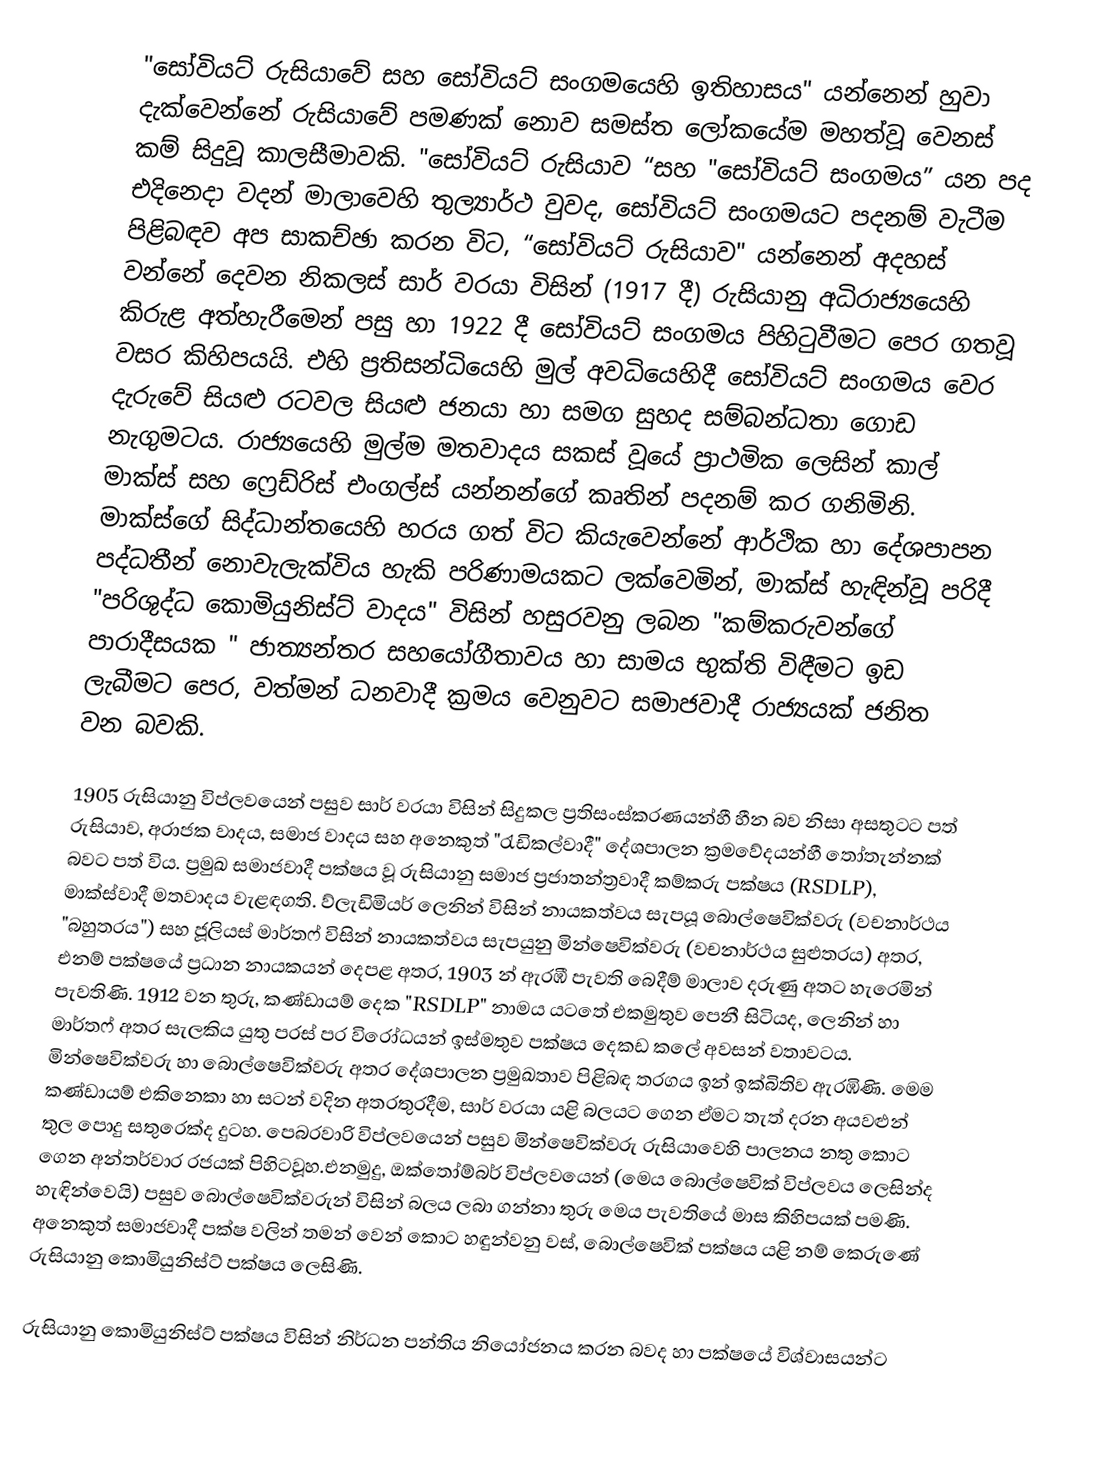
"සෝවියට් රුසියාවේ සහ සෝවියට් සංගමයෙහි ඉතිහාසය" යන්නෙන් හුවා දැක්වෙන්නේ රුසියාවේ පමණක් නොව සමස්ත ලෝකයේම මහත්වූ වෙනස් කම් සිදුවූ කාලසීමාවකි. "සෝවියට් රුසියාව “සහ "සෝවියට් සංගමය” යන පද එදිනෙදා වදන් මාලාවෙහි   තුල්‍යාර්ථ වුවද, සෝවියට් සංගමයට පදනම් වැටීම පිළිබඳව අප සාකච්ඡා කරන විට, “සෝවියට් රුසියාව" යන්නෙන් අදහස් වන්නේ දෙවන නිකලස් සාර් වරයා විසින් (1917 දී) රුසියානු අධිරාජ්‍යයෙහි කිරුළ අත්හැරීමෙන් පසු හා 1922 දී සෝවියට් සංගමය පිහිටුවීමට පෙර ගතවූ වසර කිහිපයයි. එහි ප්‍රතිසන්ධියෙහි මුල් අවධියෙහිදී සෝවියට් සංගමය වෙර දැරුවේ සියළු රටවල සියළු ජනයා හා සමග සුහද සම්බන්ධතා ගොඩ නැගුමටය. රාජ්‍යයෙහි මුල්ම මතවාදය සකස් වූයේ  ප්‍රාථමික ලෙසින් කාල් මාක්ස් සහ ෆ්‍රෙඩ්රිස් එංගල්ස් යන්නන්ගේ කෘතින් පදනම් කර ගනිමිනි. මාක්ස්ගේ සිද්ධාන්තයෙහි හරය ගත් විට කියැවෙන්නේ ආර්ථික හා දේශපාපන පද්ධතීන් නොවැලැක්විය හැකි පරිණාමයකට ලක්වෙමින්,  මාක්ස් හැඳින්වූ පරිදී "පරිශුද්ධ කොමියුනිස්ට් වාදය" විසින් හසුරවනු ලබන "කම්කරුවන්ගේ පාරාදීසයක " ජාත්‍යන්තර සහයෝගීතාවය හා සාමය භුක්ති විඳීමට ඉඩ ලැබීමට පෙර, වත්මන් ධනවාදී ක්‍රමය වෙනුවට සමාජවාදී රාජ්‍යයක් ජනිත වන බවකි.

1905 රුසියානු විප්ලවයෙන් පසුව සාර් වරයා විසින් සිදුකල ප්‍රතිසංස්කරණයන්හී හීන බව නිසා අසතුටට පත් රුසියාව, අරාජක වාදය, සමාජ වාදය සහ අනෙකුත් "රැඩිකල්වාදී" දේශපාලන ක්‍රමවේදයන්හී තෝතැන්නක් බවට පත් විය. ප්‍රමුඛ සමාජවාදී පක්ෂය වූ රුසියානු සමාජ ප්‍රජාතන්ත්‍රවාදී කම්කරු පක්ෂය (RSDLP), මාක්ස්වාදී මතවාදය වැළඳගති.   ව්ලැඩිමියර් ලෙනින් විසින් නායකත්වය සැපයූ බොල්ෂෙවික්වරු (වචනාර්ථය "බහුතරය") සහ ජූලියස් මාර්තෆ් විසින් නායකත්වය සැපයුනු මින්ෂෙවික්වරු (වචනාර්ථය සුළුතරය) අතර, එනම් පක්ෂයේ ප්‍රධාන නායකයන් දෙපළ අතර,  1903 න් ඇරඹී පැවති බෙදීම් මාලාව දරුණු අතට හැරෙමින් පැවතිණි. 1912 වන තුරු, කණ්ඩායම් දෙක  "RSDLP" නාමය යටතේ එකමුතුව පෙනී සිටියද, ලෙනින් හා මාර්තෆ් අතර සැලකිය යුතු පරස් පර විරෝධයන් ඉස්මතුව පක්ෂය දෙකඩ කලේ අවසන් වතාවටය. මින්ෂෙවික්වරු හා බොල්ෂෙවික්වරු අතර දේශපාලන ප්‍රමුඛතාව පිළිබඳ තරගය ඉන් ඉක්බිතිව ඇරඹිණි. මෙම කණ්ඩායම් එකිනෙකා හා සටන් වදින අතරතුරදීම, සාර් වරයා යළි බලයට ගෙන ඒමට තැත් දරන අයවළුන් තුල පොදු සතුරෙක්ද දුටහ. පෙබරවාරි විප්ලවයෙන් පසුව මින්ෂෙවික්වරු රුසියාවෙහි පාලනය නතු කොට ගෙන අන්තර්වාර රජයක් පිහිටවූහ.එනමුදු, ඔක්තෝම්බර් විප්ලවයෙන් (මෙය බොල්ෂෙවික් විප්ලවය ලෙසින්ද හැඳින්වෙයි) පසුව බොල්ෂෙවික්වරුන් විසින් බලය ලබා ගන්නා තුරු මෙය පැවතියේ මාස කිහිපයක් පමණි. අනෙකුත් සමාජවාදී පක්ෂ වලින් තමන් වෙන් කොට හඳුන්වනු වස්, බොල්ෂෙවික් පක්ෂය යළි නම් කෙරුණේ රුසියානු කොමියුනිස්ට් පක්ෂය ලෙසිණි.

රුසියානු කොමියුනිස්ට් පක්ෂය විසින්  නිර්ධන පන්තිය නියෝජනය කරන බවද හා පක්ෂයේ විශ්වාසයන්ට